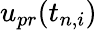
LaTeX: u_{pr}(t_{n,i})